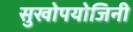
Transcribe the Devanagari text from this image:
सुखोपयोजिनी